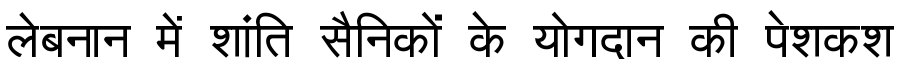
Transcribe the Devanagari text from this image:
लेबनान में शांति सैनिकों के योगदान की पेशकश